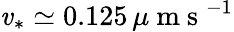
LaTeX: \mathit{v}_{*}\simeq0.125\, \mu\mathrm{{~m~s~}}^{-1}